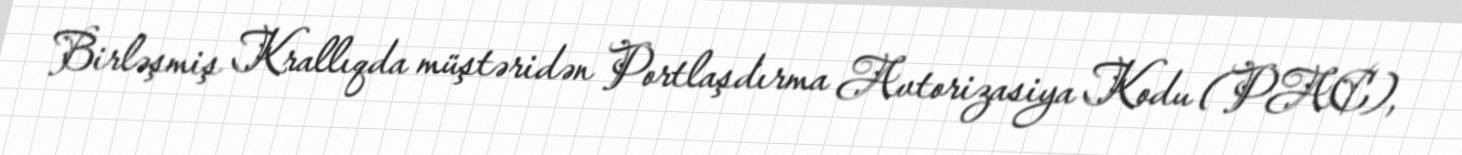
Birləşmiş Krallıqda müştəridən Portlaşdırma Avtorizasiya Kodu (PAC),